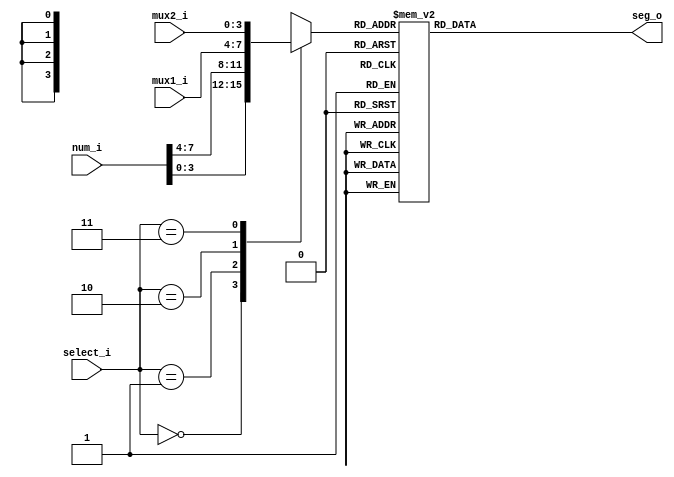
//Code for 7 segment decoder
module seven_segment_decoder(
    select_i,
    num_i,
    mux1_i,
    mux2_i,
    seg_o);
    
    input [1:0] select_i;
    input [7:0] num_i;
    input [3:0] mux1_i;
    input [3:0] mux2_i;
    output reg [6:0] seg_o;
    reg [3:0] d_i;
    
    always @(*) begin
        case (select_i)
            2'b00: d_i = num_i[3:0];
            2'b01: d_i = num_i[7:4];
            2'b10: d_i = mux1_i;
            2'b11: d_i = mux2_i;
        endcase
        case (d_i)
            4'b0000: seg_o = 7'b0000001;
            4'b0001: seg_o = 7'b1001111;
            4'b0010: seg_o = 7'b0010010;
            4'b0011: seg_o = 7'b0000110;
            4'b0100: seg_o = 7'b1001100;
            4'b0101: seg_o = 7'b0100100;
            4'b0110: seg_o = 7'b0100000;
            4'b0111: seg_o = 7'b0001111;
            4'b1000: seg_o = 7'b0000000;
            4'b1001: seg_o = 7'b0000100;
            4'b1010: seg_o = 7'b0001000;
            4'b1011: seg_o = 7'b1100000;
            4'b1100: seg_o = 7'b0110001;
            4'b1101: seg_o = 7'b1000010;
            4'b1110: seg_o = 7'b0110000;
            4'b1111: seg_o = 7'b0111000;
         endcase
    end
          
endmodule